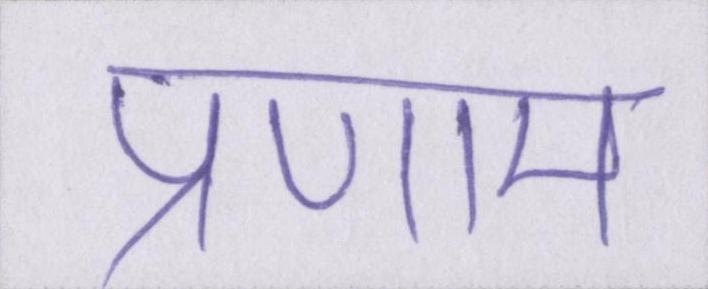
प्रणाम